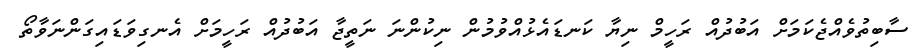
ސާބިތުވެއްޖެކަމަށް އަބުދުއް ރަހީމް ނިޔާ ކަނޑައެޅުއްވުމުން ނިކުންނަ ނަތީޖާ އަބުދުއް ރަހީމަށް އެނގިވަޑައިގަންނަވާތޯ